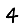
Digit: 4